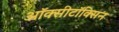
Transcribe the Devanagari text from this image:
ऑक्सीटॉक्सिन